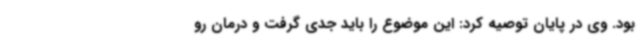
بود. وی در پایان توصیه کرد: این موضوع را باید جدی گرفت و درمان رو